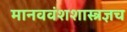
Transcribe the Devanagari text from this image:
मानववंशशास्त्रज्ञच